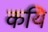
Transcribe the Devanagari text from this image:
कयि